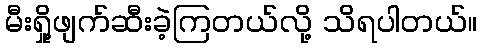
မီးရှို့ဖျက်ဆီးခဲ့ကြတယ်လို့ သိရပါတယ်။